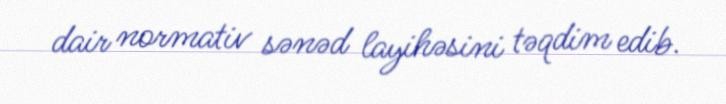
dair normativ sənəd layihəsini təqdim edib.